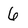
Character: 6